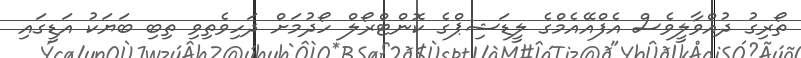
ތޯރިގު ދުއްވާލީވެސް އެފްއޭއެމްގެ ލީޑަޝިޕްގެ ކޮންޓްރޯލް ހޯދުމަށް ދަހިވެތިވި ތިބި ބަޔަކު އަޑީގައި